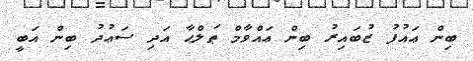
ބިން ޢައުފު ޒުބައިރު ބިން ޢައްވާމް ޠަލްޙާ އަދި ސަޢުދު ބިން އަބީ